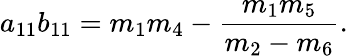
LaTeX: a_{11}b_{11}=m_{1}m_{4}-\frac{m_{1}m_{5}}{m_{2}-m_{6}}.